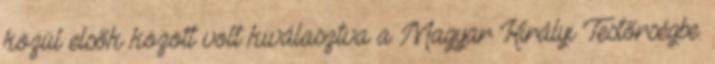
közül elsők között volt kiválasztva a Magyar Királyi Testőrségbe.